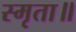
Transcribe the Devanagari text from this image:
स्मृता॥